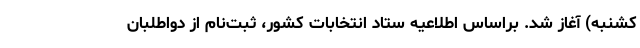
کشنبه) آغاز شد. براساس اطلاعیه ستاد انتخابات کشور، ثبت‌نام از دواطلبان